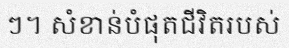
ៗ។ សំខាន់បំផុតជីវិតរបស់